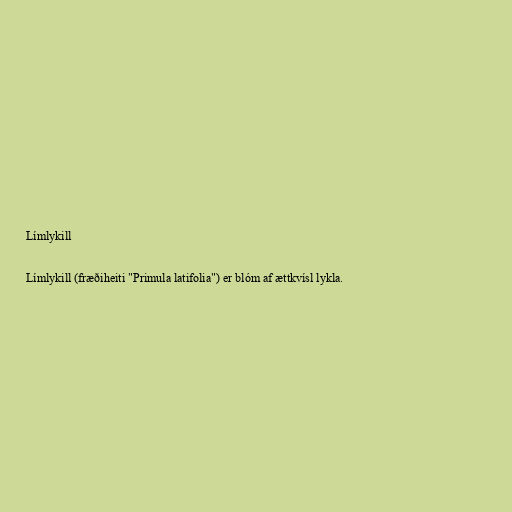
Límlykill

Límlykill (fræðiheiti "Primula latifolia") er blóm af ættkvísl lykla.